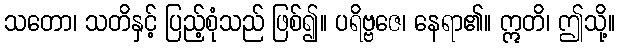
သတော၊ သတိနှင့် ပြည့်စုံသည် ဖြစ်၍။ ပရိဗ္ဗဇေ၊ နေရာ၏။ ဣတိ၊ ဤသို့။